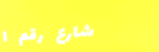
شارع رقم ١